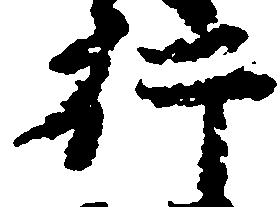
行